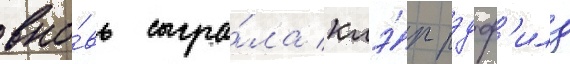
вно́вь сыгра́ла клэ́р рэдф'илд